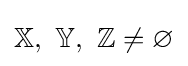
{\textstyle \mathbb {X} ,\ \mathbb {Y} ,\ \mathbb {Z} \neq \varnothing }